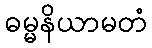
ဓမ္မနိယာမတံ